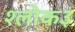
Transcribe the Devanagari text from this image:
श्लोक३